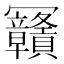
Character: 𰃴